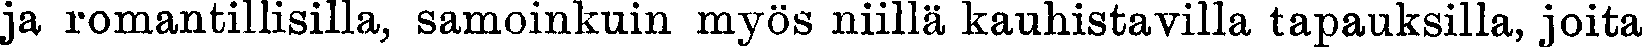
ja romantillisilla, samoinkuin myös niillä kauhistavilla tapauksilla, joita